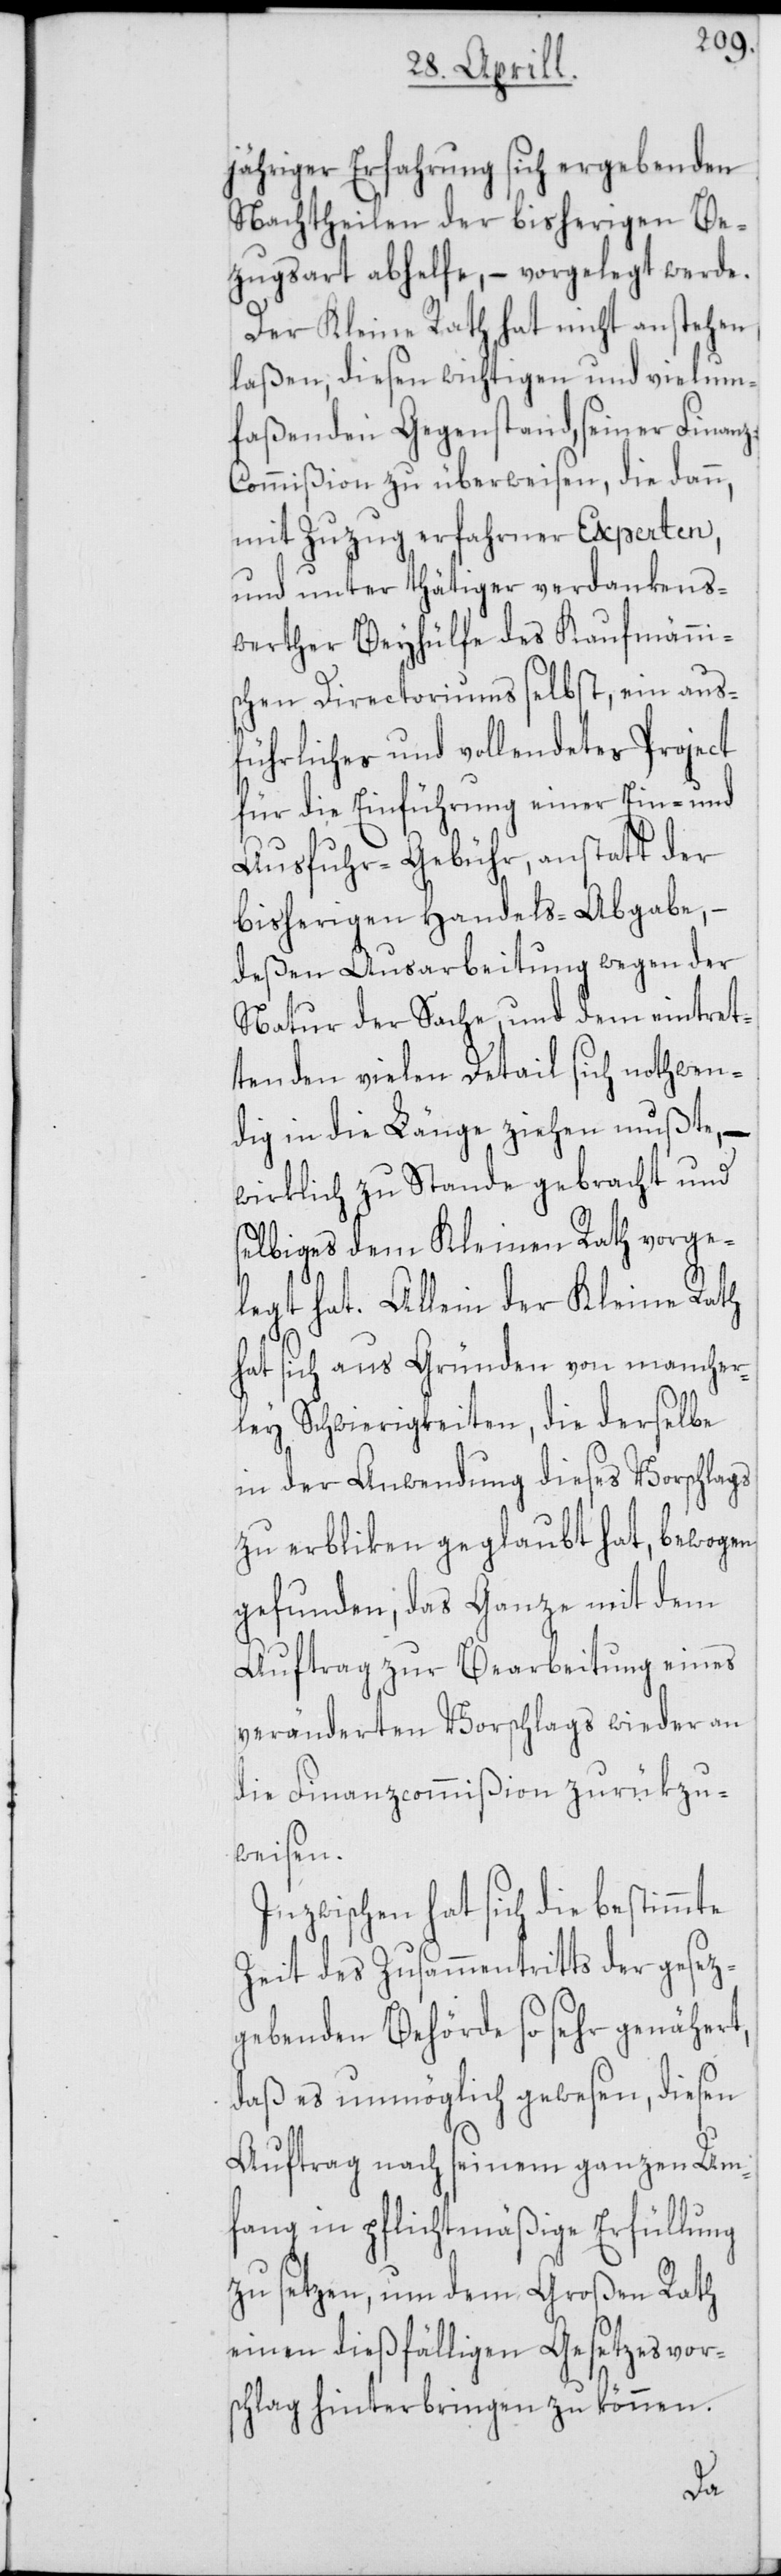
jähriger Erfahrung sich ergebenden
Nachtheilen der bisherigen Be¬
zugsart abhelfe, – vorgelegt werde.
Der Kleine Rath hat nicht anstehen
laßen, diesen wichtigen und vielum¬
faßenden Gegenstand, seiner Finan¬
ommißion zu überweisen, die dann,
mit Zuzug erfahrner Experten,
und unter thätiger verdankens¬
werther Beyhülfe des Kaufmänni¬
schen Directoriums selbst, ein aus¬
führliches und vollendetes Project
für die Einführung einer Ein- und
Ausfuhr-Gebühr, anstatt der
bisherigen Handels-Abgabe, –
deßen Ausarbeitung wegen der
Natur der Sache, und dem eintret¬
tenden vielen Detail sich nothwen¬
dig in die Länge ziehen mußte, –
wirklich zu Stande gebracht und
selbiges dem Kleinen Rath vorge¬
legt hat. Allein der Kleine Rath
hat sich aus Gründen von mancher¬
ley Schwierigkeiten, die derselbe
in der Anwendung dieses Vorschlags
zu erbliken geglaubt hat, bewogen
gefunden, das Ganze mit dem
Auftrag zur Bearbeitung eines
veränderten Vorschlags wieder an
die Finanzcommißion zurükzu¬
weisen.
Inzwischen hat sich die bestimmte
Zeit des Zusammentritts der gesez¬
gebenden Behörde so sehr genähert,
daß es unmöglich gewesen, diesen
Auftrag nach seinem ganzen Um¬
fang in pflichtmäßige Erfüllung
zu setzen, um dem Großen Rath
einen dießfälligen Gesetzesvors¬
chlag hinterbringen zu können.
z-C¬